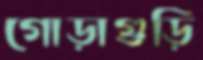
গোড়াগুড়ি